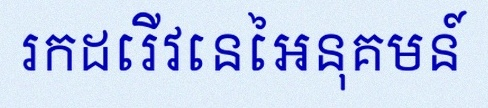
រកដេរីវេនៃអនុគមន៍